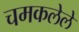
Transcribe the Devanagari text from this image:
चमकलेले